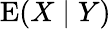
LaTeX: \operatorname{E}(X\mid Y)